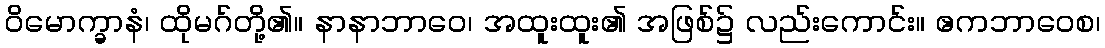
ဝိမောက္ခာနံ၊ ထိုမဂ်တို့၏။ နာနာဘာဝေ၊ အထူးထူး၏ အဖြစ်၌ လည်းကောင်း။ ဧကဘာဝေစ၊